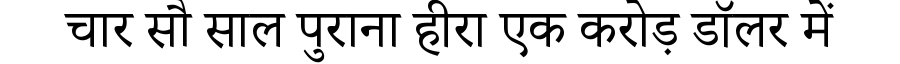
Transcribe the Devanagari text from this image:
चार सौ साल पुराना हीरा एक करोड़ डॉलर में